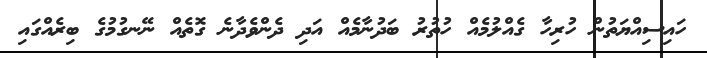
ހައިސިއްޔަތުން ހުރިހާ ގެއްލުމެއް ހުތުރު ބަދުނާމެއް އަދި ދެންވެދާނެ ގޮތެއް ނޭނގުމުގެ ބިރެއްގައި